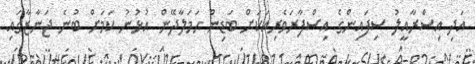
އަދި އިސްރާއީލު ސިފައިންގެ އިސްފާރަވެރިއަކަށް ބަޑިން ހަމަލާދޭން އުޅުނު ކަމަށް ބުނެ ޖަނާޒާގައި